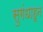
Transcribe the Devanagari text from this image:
सुगंधाहून